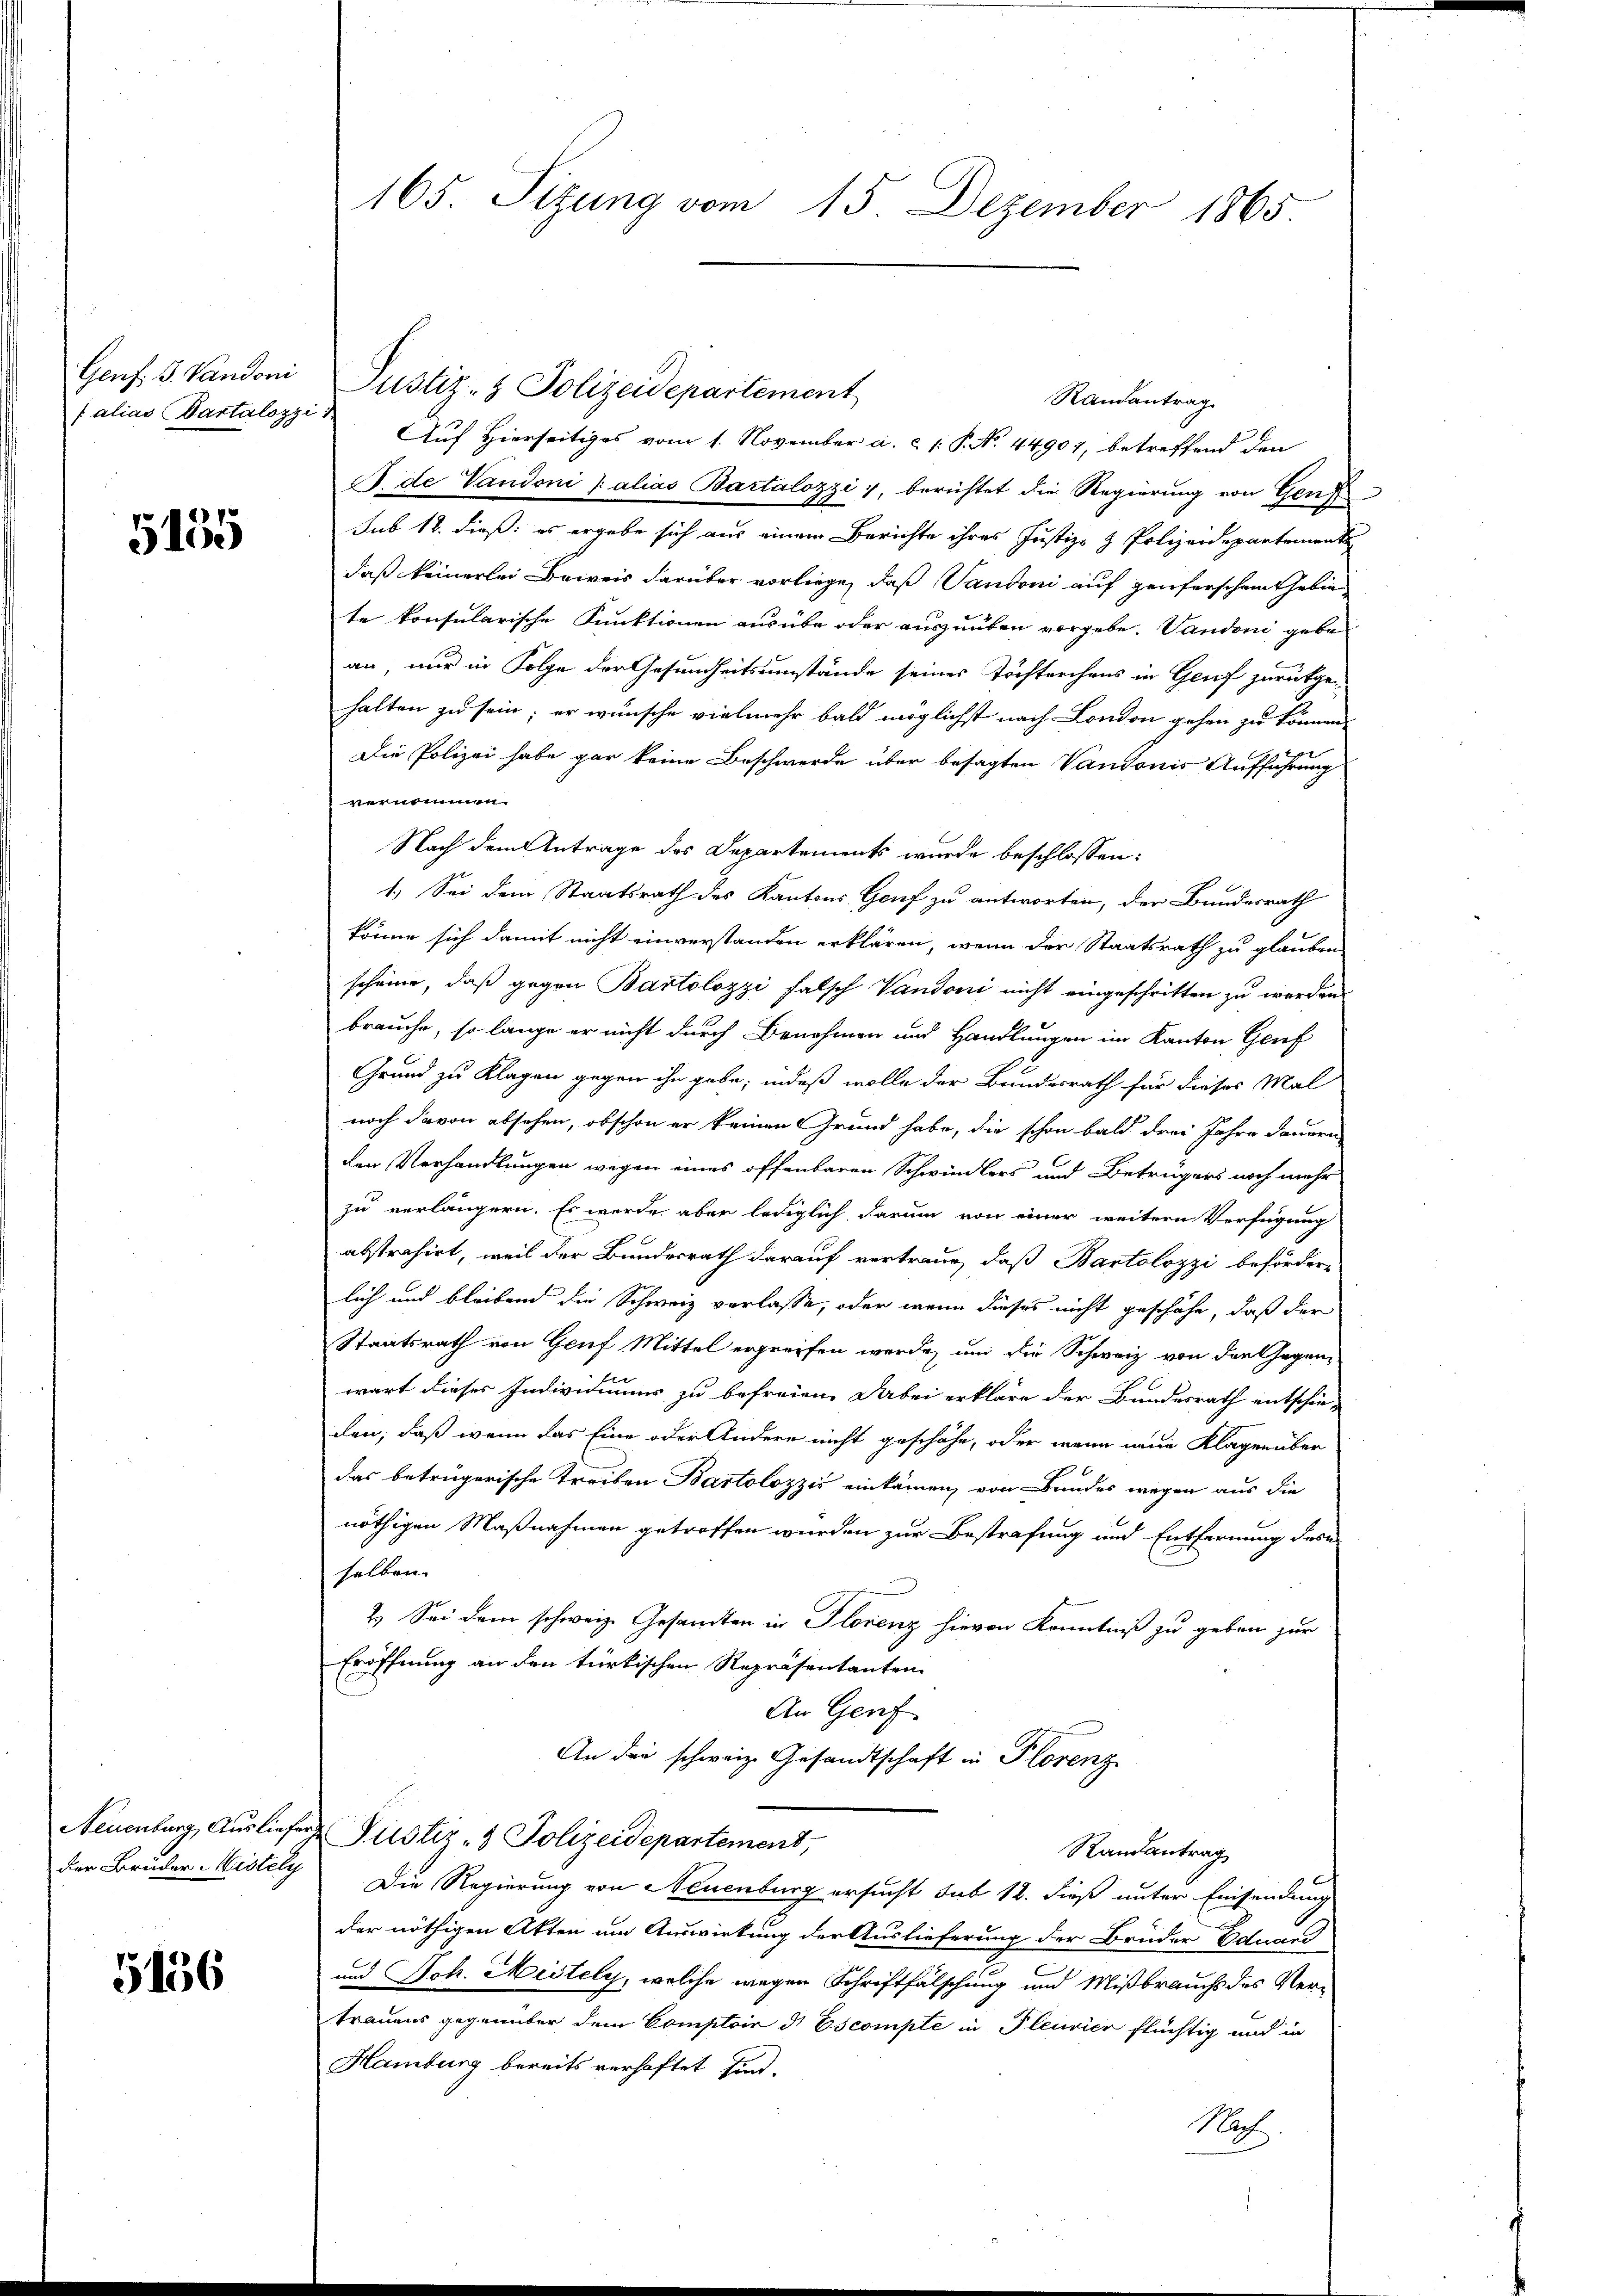
falias Partalozzi

5155

5136

Genf, 3. Vandoni Justiz- & Polizeidepartement
Randantrag
Auf Hierseitiges vom 1. November a. c. 1: P. No. 44907, betreffend den
S. de Vaudoni alias Bartalozzi, berichtet die Regierung von Gen
sub 18. dieß: es ergebe sich aus einem Berichte ihres Justiz- & Polizeidepartement
daß keinerlei Beweis darüber vorliege, daß Vandoni auf Genferschen Gebie
te konsularische Funktionen ausübe oder auszuüben vorgebe. Vandoni gebe
an, nur in Folge der Gesundheitsumstände seines Töchterchens in Genf zurückgehalten zu sein; er wünsche vielmehr bald möglichst nach London gehen zu können.
Die Polizei habe gar keine Beschwerde über besagten Vandoris Aufführung
vernommen.
Nach dem Antrage des Departements wurde beschlossen:
1. Sei dem Staatsrath des Kantons Genf zu antworten, der Bundesrath
könne sich damit nicht einverstanden erklären, wenn der Staatsrath zu glauben
scheine, daß gegen Bartolozzi falsch Vaudoni nicht eingeschritten zu werden.
brauche, so lange er nicht durch Benehmen und Handlungen im Kanton Genf
Grund zu Klagen gegen ihn gabe; indeß wolle der Bundesrath für dieses Mal
noch davon absehen, obschon er keinen Grund habe, die schon bald drei Jahre dauern
den Verhandlungen wegen eines offenbaren Schwindlers und Betrugers noch mehr
zu verlängern. Es wurde aber lediglich darum von einer weitern Verfügung
abstrahirt, weil der Bundesrath darauf vertraue, daß Bartolozzi beförder-
lich und bleibend die Schweiz verlasse, oder wenn dieses nicht geschähe, daß der
Staatsrath von Gruf Mittel ergreifen werde, und die Schweiz von der Gegenz
wart dieses Individuums zu befreien. Dabei erkläre der Bundesrath entschie-
den, daß wenn das Eine oder Andere nicht geschähe, oder wenn neue Klagerüber
das betrügerische Treiben Bartolozzić einkämen, von Bundes wegen aus die
nöthigen Maßnahmen getroffen wurden zur Bestrafung und Entfernung des
selben. |
2.) Sei dem schweiz. Gesandten in Florenz hievon Kenntniß zu geben zur
Eröffnung an den türkischen Repräsentanten
An Genf
An die schweiz. Gesandtschaft in Florenz
Neuenburg, Ausliefer Pustiz- & Polizeidepartement,
Randantrag
der Bruder Wistey Die Regierung von Neuenburg ersucht sub 12. dieß unter Einsendung
der nöthigen Akten um Auswirkung der Auslieferung der Brüder Eduard
und Joh. Mistely, welche wegen Schriftfälschung und Mißbrauchs des Vertrauens gegenüber dem Comptoir ds Escompte in Pleuvier flüchtig und in
Hamburg bereits verhaftet sind.
Nach

165. Sitzung vom 15. Dezember 1865.